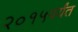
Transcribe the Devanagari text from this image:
२०१५पर्यंत